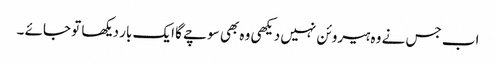
اب جس نے وہ ہیروئن نہیں دیکھی وہ بھی سوچے گا ایک بار دیکھا تو جائے ۔